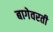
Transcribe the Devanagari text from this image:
बागेवरती